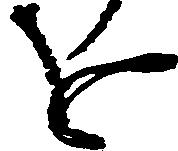
を